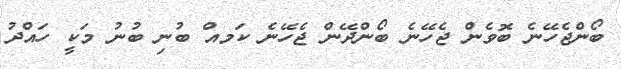
ބޯންޖެހޭނެ ބޮވެން ޖެހޭނެ ބޯންދޭން ޖެހޭނެ ކަމއް ބުނި ބުނު މަކީ ހައްދު